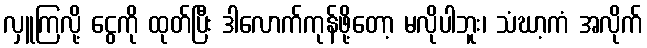
လှူကြလို့ ငွေကို ထုတ်ပြီး ဒါလောက်ကုန်ဖို့တော့ မလိုပါဘူး၊ သံဃာ့ကံ အလိုက်